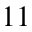
_ { 1 1 }